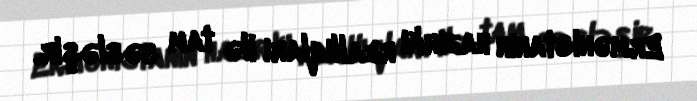
Ermənistanın hazırkı reallıqları ilə tam səsləşir.